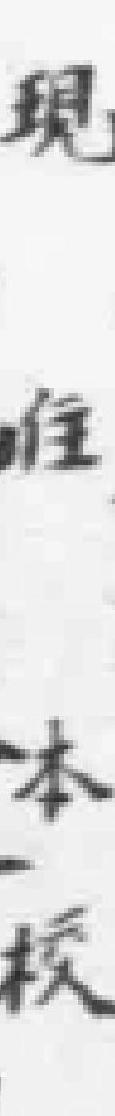
現住本校